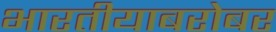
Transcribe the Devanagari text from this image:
भारतीयाबरोबर